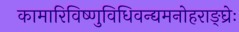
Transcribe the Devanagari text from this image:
कामारिविष्णुविधिवन्द्यमनोहराङ्घ्रेः